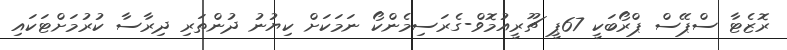
ރޮޒެޓާ ސްޕޭސް ޕްރޯބަކީ 67ޕީ ޗޫރީއުމޮވް-ގެރަސިމެންކޯ ނަމަކަށް ކިޔުނު ދުންތަރި ދިރާސާ ކުރުމަށްޓަކައި